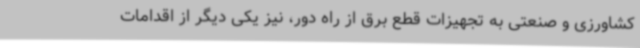
کشاورزی و صنعتی به تجهیزات قطع برق از راه دور، نیز یکی دیگر از اقدامات